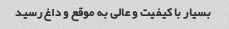
بسیار با کیفیت و عالی به موقع و داغ رسید